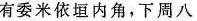
有委米依垣内角，下周八